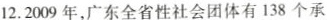
12.2009年，广东全省性社会团体有138个承